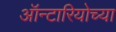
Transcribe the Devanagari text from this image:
ऑन्टारियोच्या